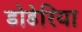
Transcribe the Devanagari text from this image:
डोडेरिया